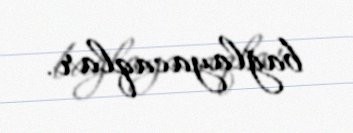
bağlayacaqlar.